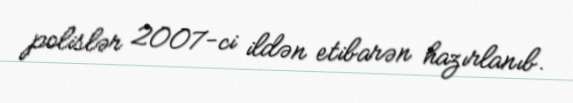
polislər 2007-ci ildən etibarən hazırlanıb.